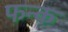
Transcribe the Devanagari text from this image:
फन्क